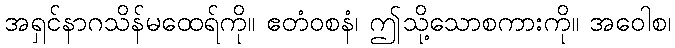
အရှင်နာဂသိန်မထေရ်ကို။ ဧတံဝစနံ၊ ဤသို့သောစကားကို။ အဝေါစ၊